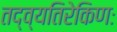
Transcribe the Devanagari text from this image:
तद्व्यतिरेकिणः